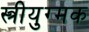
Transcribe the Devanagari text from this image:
स्त्रीयुग्मक